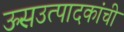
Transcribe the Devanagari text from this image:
ऊसउत्पादकांची